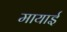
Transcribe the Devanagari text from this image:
मायाई